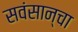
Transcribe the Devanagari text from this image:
सवंसान्चा